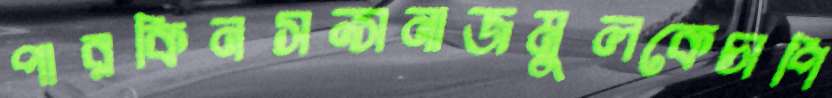
পারকিনসন্সনাজমুলকেচাপি